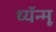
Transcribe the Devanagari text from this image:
थ्यॅन्मू